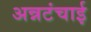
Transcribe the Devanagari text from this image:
अन्नटंचाई